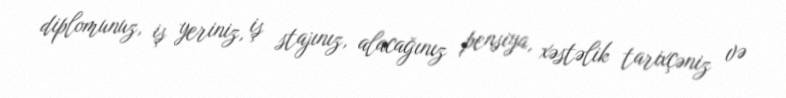
diplomunuz, iş yeriniz, iş stajınız, alacağınız pensiya, xəstəlik tarixçəniz və